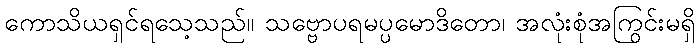
ကောသိယရှင်ရသေ့သည်။ သဗ္ဗောပရမပ္ပမောဒိတော၊ အလုံးစုံအကြွင်းမရှိ